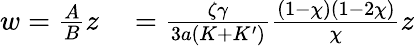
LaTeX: \begin{array}{rl}{w=\frac{A}{B}z}&{{}=\frac{\zeta\gamma}{3a(K+K^{\prime})}\frac{(1-\chi)(1-2\chi)}{\chi}z}\end{array}